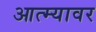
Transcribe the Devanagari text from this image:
आत्म्यावर